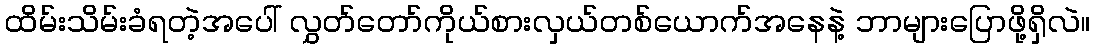
ထိမ်းသိမ်းခံရတဲ့အပေါ် လွှတ်တော်ကိုယ်စားလှယ်တစ်ယောက်အနေနဲ့ ဘာများပြောဖို့ရှိလဲ။